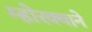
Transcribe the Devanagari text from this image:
म्होरक्याने